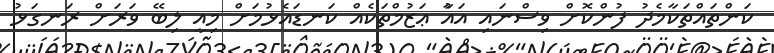
ކަންތައްތަކާމެދު ފުންކޮށް ވިސްނައި އައުާ ޢަޒުމްތަކެއް ކަނޑައެޅުމަށް މިއީ ލިބޭ ވަރަށް ރަނގަޅު